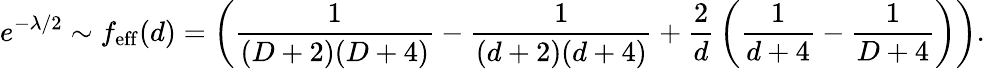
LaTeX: e^{-\lambda/2}\sim f_{\mathrm{eff}}(d)=\left({\frac{1}{(D+2)(D+4)}}-{\frac{1}{(d+2)(d+4)}}+{\frac{2}{d}}\left({\frac{1}{d+4}}-{\frac{1}{D+4}}\right)\right).